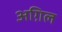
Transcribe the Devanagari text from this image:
अग़िल